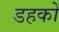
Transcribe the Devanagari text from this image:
डहकों